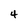
Character: 4